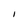
Character: I